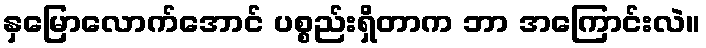
နှမြောလောက်အောင် ပစ္စည်းရှိတာက ဘာ အကြောင်းလဲ။